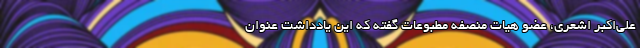
علی‌اکبر اشعری، عضو هیات منصفه مطبوعات گفته که این یادداشت عنوان